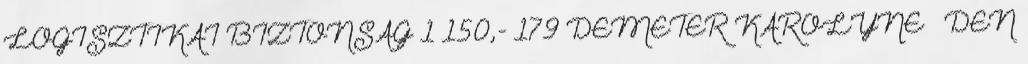
LOGISZTIKAI BIZTONSÁG 1 150,- 179 DEMETER KÁROLYNÉ – DÉN